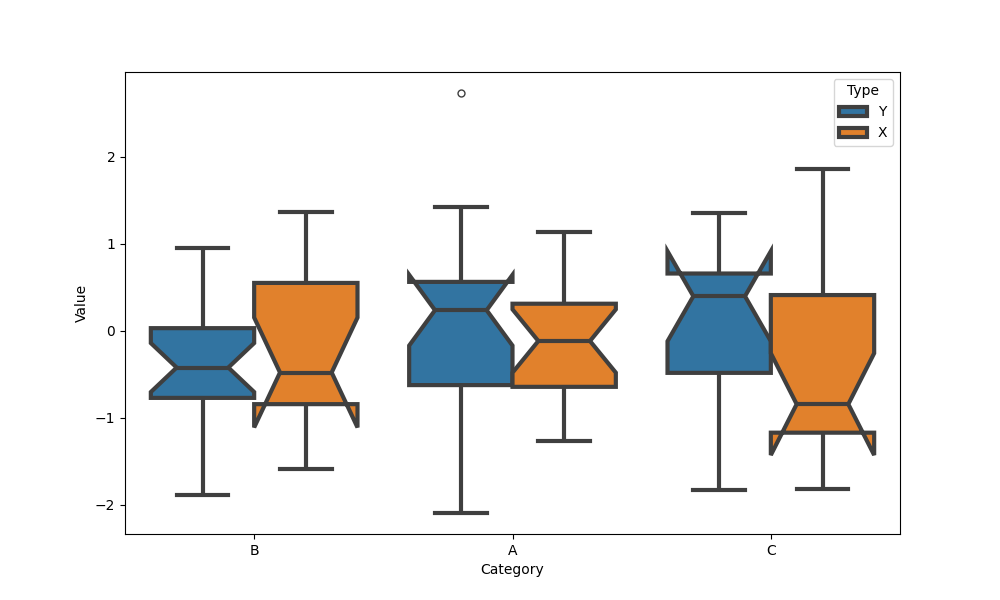
python, seaborn, boxplot, width=0.8, linewidth=3, fliersize=5, notch=True